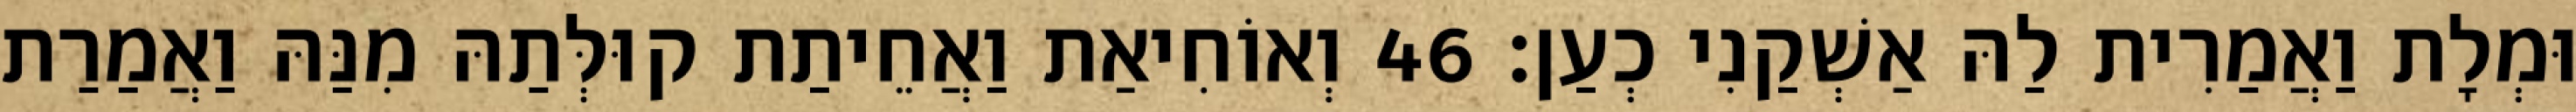
וּמְלָת וַאֲמַרִית לַהּ אַשְׁקַנִי כְעַן׃ 46 וְאוֹחִיאַת וַאֲחֵיתַת קוּלְּתַהּ מִנַּהּ וַאֲמַרַת